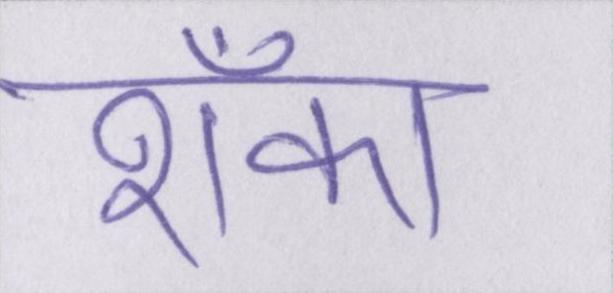
शँका